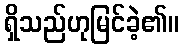
ရှိသည်ဟုမြင်ခဲ့၏။